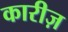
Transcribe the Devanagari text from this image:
कारीज़